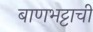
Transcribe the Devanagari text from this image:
बाणभट्टाची